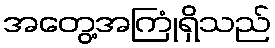
အတွေ့အကြုံရှိသည်